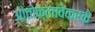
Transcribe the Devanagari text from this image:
औतोक्लावेकरके